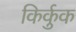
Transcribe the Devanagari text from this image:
किर्कुक